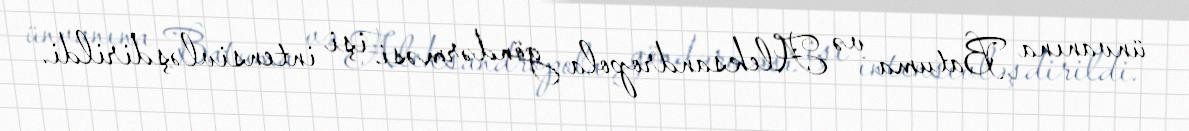
ünvanına Batuma və Aleksandropola göndərməsi işi intensivləşdirildi.